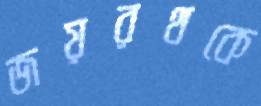
জয়রথকে